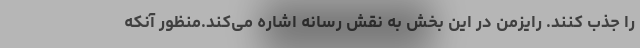
را جذب کنند. رایزمن در این بخش به نقش رسانه اشاره می‌کند.منظور آنکه